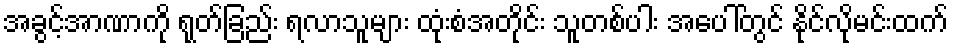
အခွင့်အာဏာကို ရုတ်ခြည်း ရလာသူများ ထုံးစံအတိုင်း သူတစ်ပါး အပေါ်တွင် နိုင်လိုမင်းထက်